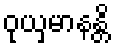
ဝုယှမာနန္တိ